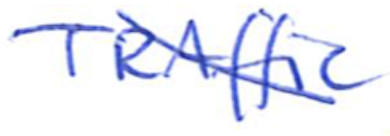
Text: TRAffic
Cross-out: diagonal
Writing tool: ballpoint